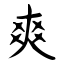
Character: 爽